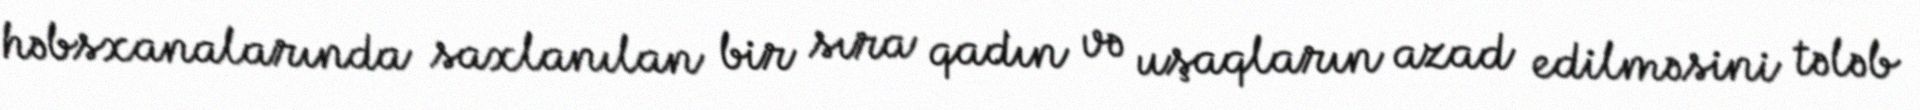
həbsxanalarında saxlanılan bir sıra qadın və uşaqların azad edilməsini tələb